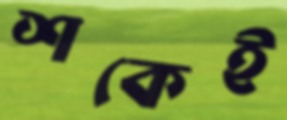
শকেই